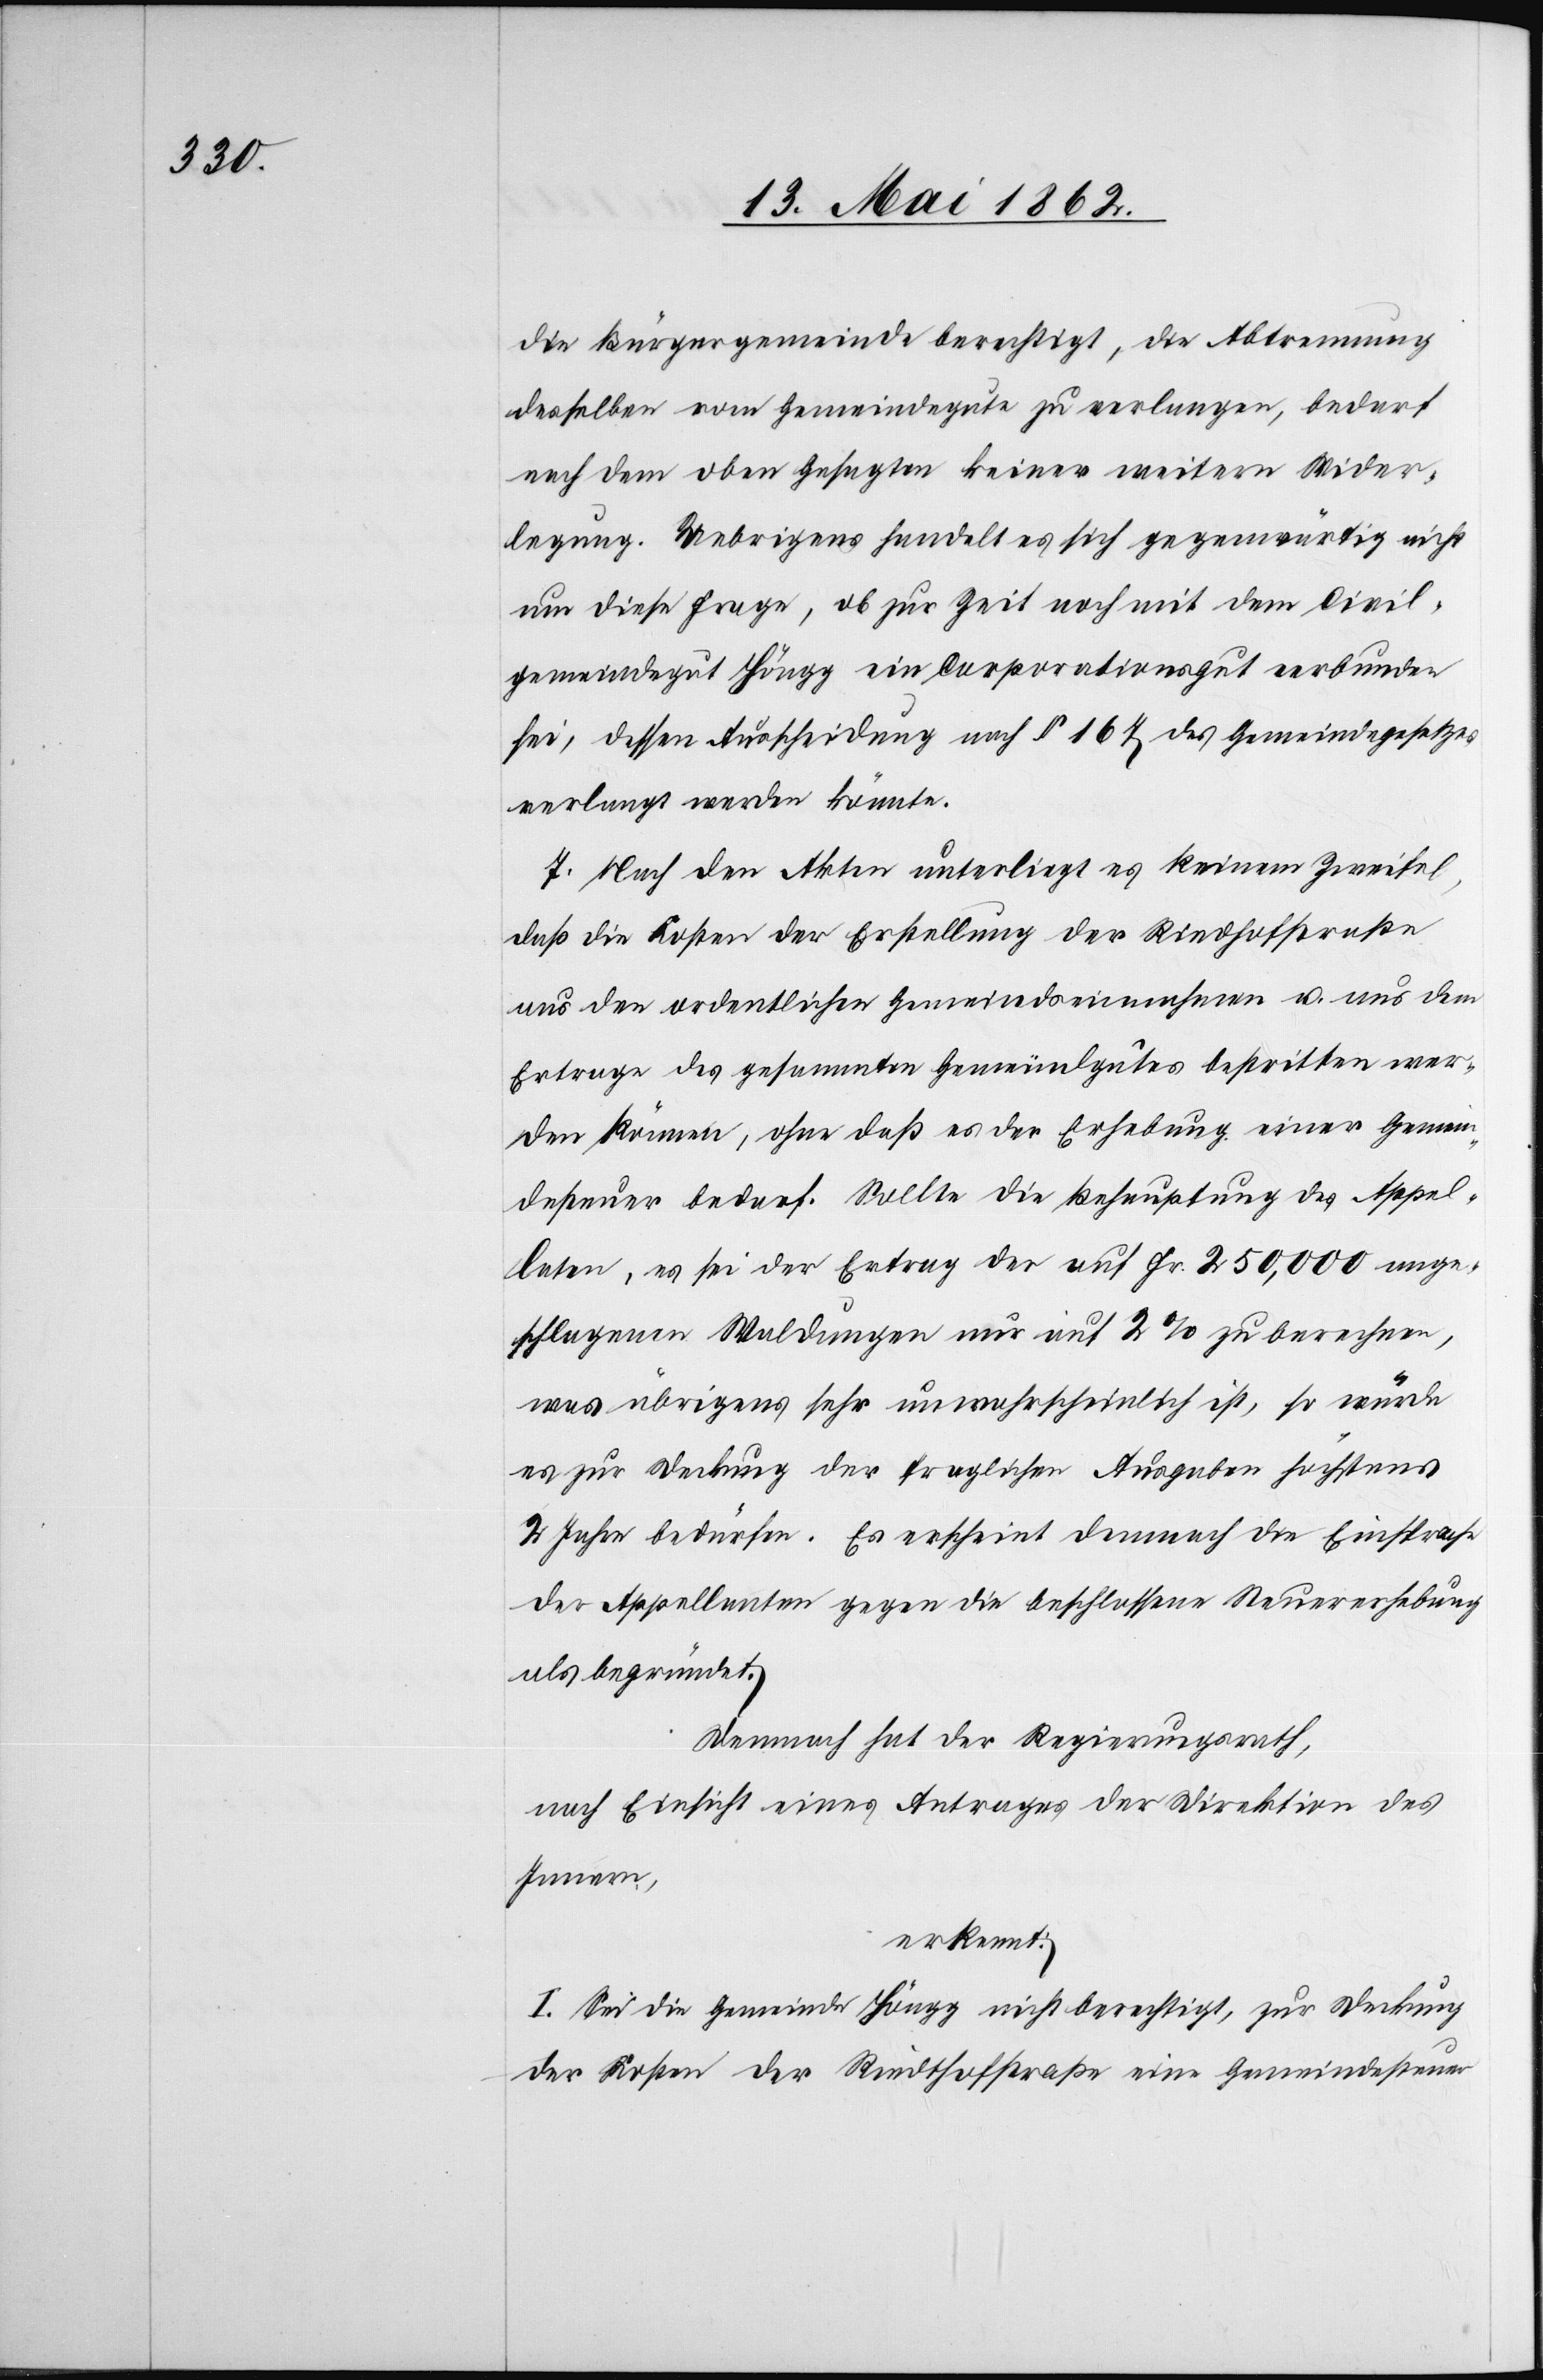
die Bürgergemeinde berichtigt, die Abtrennung
desselben vom Gemeindegute zu verlangen, bedarf
nach dem oben Gesagten keiner weitern Wider¬
legung. Uebrigens handelt es sich gegenwärtig nicht
um diese Frage, ob zur Zeit noch mit dem Civil¬
gemeindegut Höngg ein Corporationsgut verbunden
sei, dessen Ausscheidung nach § 167 des Gemeindegesetzes
verlangt werden könnte.
7. Nach den Akten unterliegt es keinem Zweifel,
daß die Kosten der Erstellung der Riedthofstraße
aus den ordentlichen Gemeindseinnahmen u. aus dem
Ertrage des gesammten Gemeindgutes bestritten wer¬
den können, ohne daß es der Erhebung einer Gemein¬
desteuer bedarf. Sollte die Behauptung des Appel¬
laten, es sei der Ertrag der auf Fr. 250,000 ange¬
schlagenen Waldungen nur auf 2% zu berechnen,
was übrigens sehr unwahrscheinlich ist, so würde
es zur Deckung der fraglichen Ausgaben höchstens
2 Jahre bedürfen. Es erscheint demnach die Einsprache
der Appellanten gegen die beschlossene Steuererhebung
als begründet.
Demnach hat der Regierungsrath,
nach Einsicht eines Antrages der Direktion des
Innern,
erkennt:
I. Sei die Gemeinde Höngg nicht berechtigt, zur Deckung
der Kosten der Riedthofstraße eine Gemeindesteuer